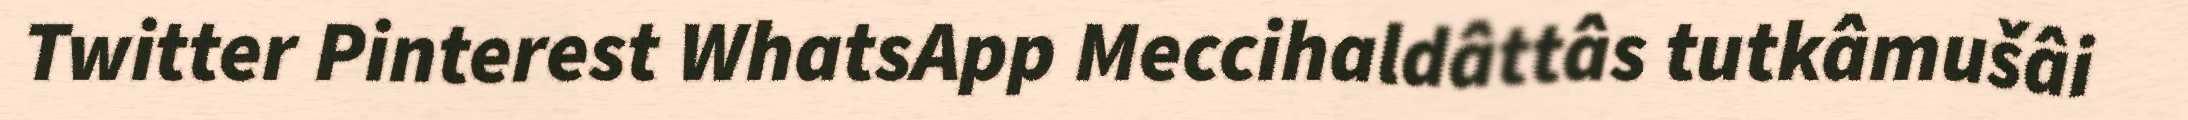
Twitter Pinterest WhatsApp Meccihaldâttâs tutkâmušâi